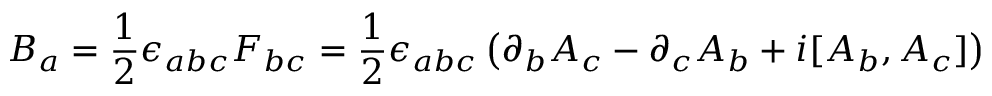
B _ { a } = { \frac { 1 } { 2 } } \epsilon _ { a b c } F _ { b c } = { \frac { 1 } { 2 } } \epsilon _ { a b c } \left( \partial _ { b } A _ { c } - \partial _ { c } A _ { b } + i [ A _ { b } , A _ { c } ] \right)